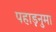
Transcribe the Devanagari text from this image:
पहाड़नुमा